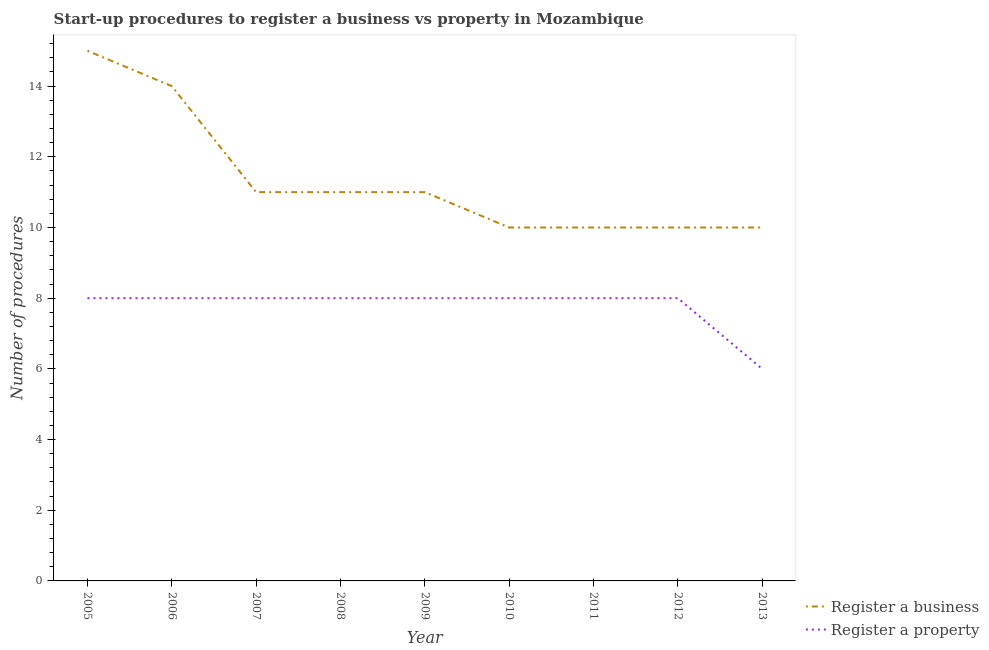
| Year | Register a business | Register a property |
 | --- | --- | --- |
 | 2005 | 15 | 8 |
 | 2006 | 14 | 8 |
 | 2007 | 11 | 8 |
 | 2008 | 11 | 8 |
 | 2009 | 11 | 8 |
 | 2010 | 10 | 8 |
 | 2011 | 10 | 8 |
 | 2012 | 10 | 8 |
 | 2013 | 10 | 6 |